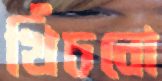
খিঁচবো